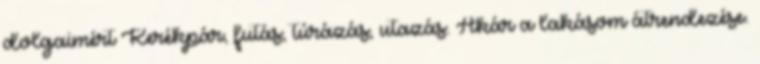
dolgaimért Kerékpár, futás, túrázás, utazás. Akár a lakásom átrendezése.